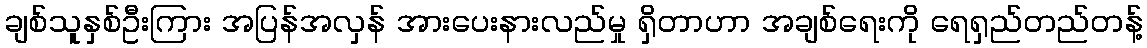
ချစ်သူနှစ်ဦးကြား အပြန်အလှန် အားပေးနားလည်မှု ရှိတာဟာ အချစ်ရေးကို ရေရှည်တည်တန့်